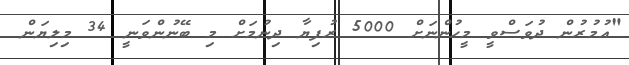
"އުމުރުން ދުވަސްވީ މީހުންނަށް 5000 ރުފިޔާ ދިނުމަށް މި ބޭނުންވަނީ 34 މިލިޔަން